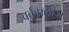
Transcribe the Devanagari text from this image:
वर्कफ्लोज